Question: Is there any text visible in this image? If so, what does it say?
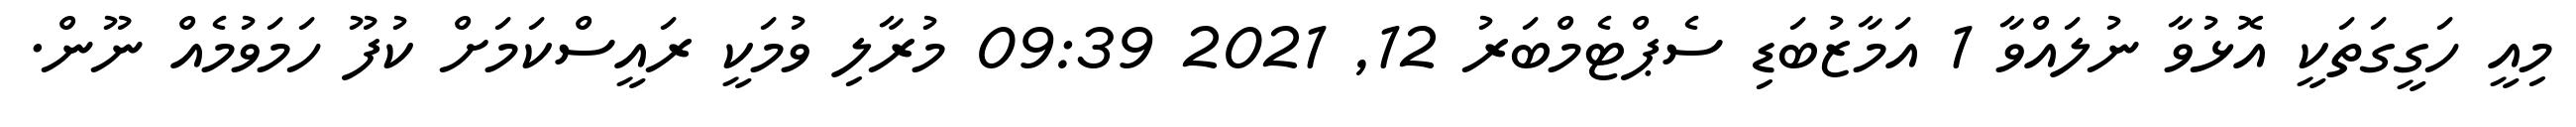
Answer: މިއީ ހަގީގަތަކީ އޮޅުވާ ނުލައްވާ 1 އަމާޒުބަޑި ސެޕްޓެމްބަރު 12, 2021 09:39 މުރާލި ވުމަކީ ރައީސްކަމަށް ކުފޫ ހަމަވުމެއް ނޫން.